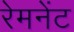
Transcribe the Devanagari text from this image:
रेमनेंट